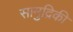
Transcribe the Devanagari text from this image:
सामुद्रिकी